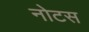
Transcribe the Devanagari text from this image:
नोटस